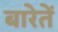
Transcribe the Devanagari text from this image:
बारेतें